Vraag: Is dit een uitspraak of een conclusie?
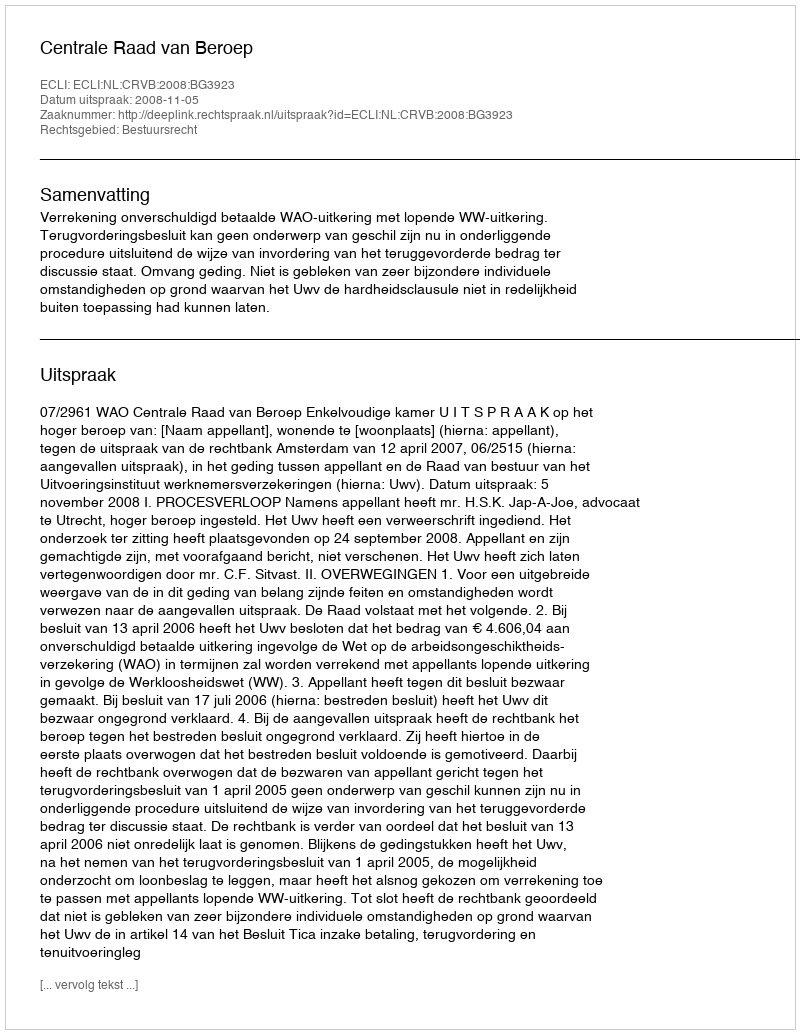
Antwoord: Uitspraak